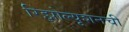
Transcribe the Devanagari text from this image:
रिझोल्यूशनची